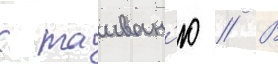
к таиван'ю // В